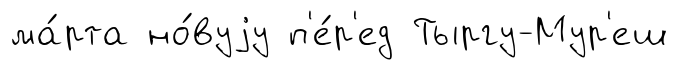
ма́рта но́вуjу п'е́р'ед Тыргу-Мур'еш